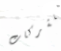
للشركات